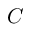
C